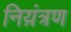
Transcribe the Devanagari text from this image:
निय़ंत्रण